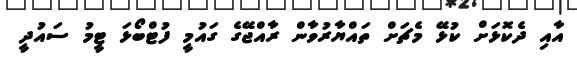
އާއި ދެކޮޅަށް ކުޅޭ މެޗަށް ތައްޔާރުވާން ރާއްޖޭގެ ގައުމީ ފުޓްބޯޅަ ޓީމު ސައުދީ